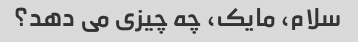
سلام، مایک، چه چیزی می دهد؟